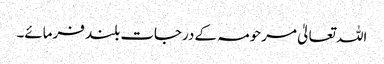
اللہ تعالیٰ مرحومہ کے درجات بلند فرمائے۔